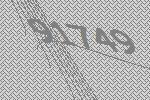
91749